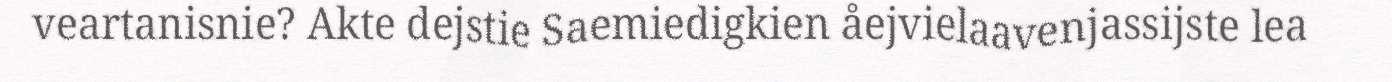
veartanisnie? Akte dejstie Saemiedigkien åejvielaavenjassijste lea